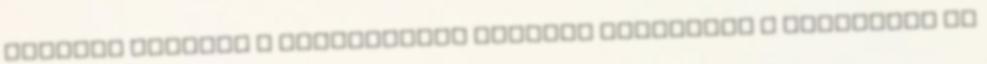
amelyek alapján a Kibocsátási Program keretében a Kibocsátó az